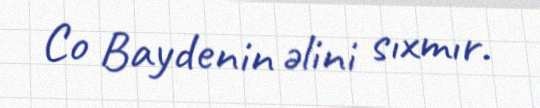
Co Baydenin əlini sıxmır.